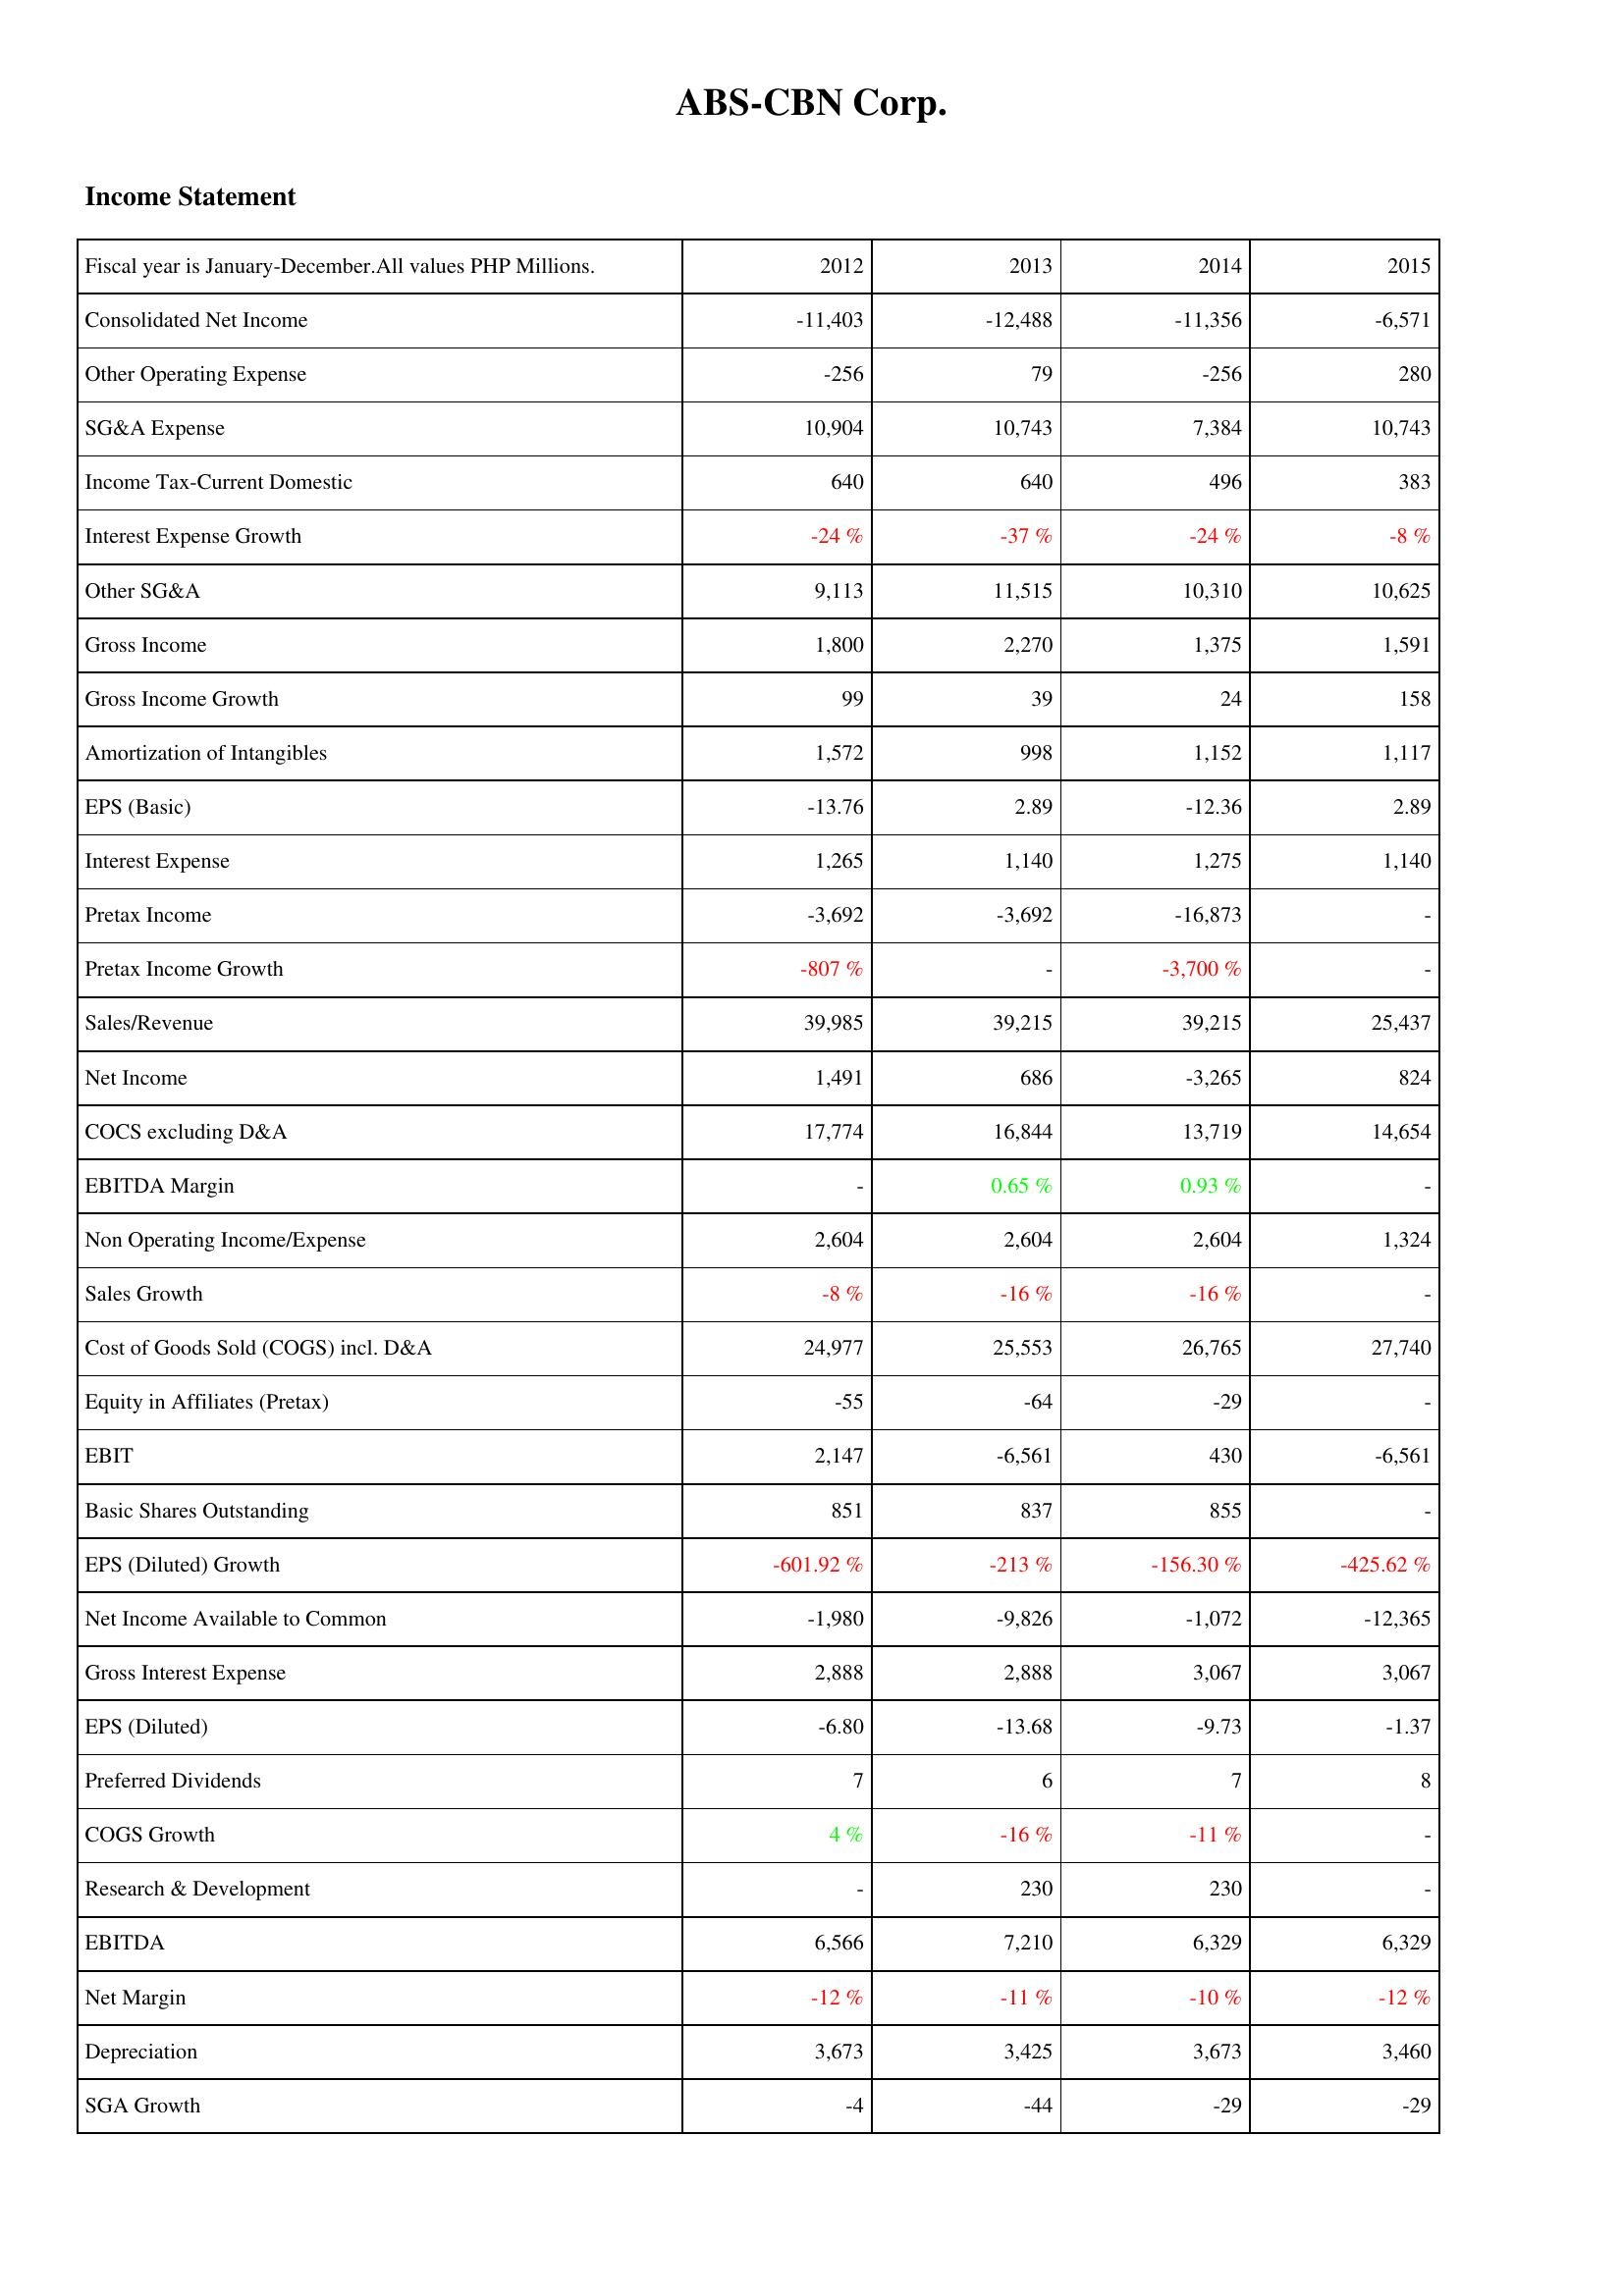
2012: Income Statement: Consolidated Net Income: -11,403
Other Operating Expense: -256
SG&A Expense: 10,904
Income Tax-Current Domestic: 640
Interest Expense Growth: -24 %
Other SG&A: 9,113
Gross Income: 1,800
Gross Income Growth: 99
Amortization of Intangibles: 1,572
EPS (Basic): -13.76
Interest Expense: 1,265
Pretax Income: -3,692
Pretax Income Growth: -807 %
Sales/Revenue: 39,985
Net Income: 1,491
COCS excluding D&A: 17,774
EBITDA Margin: -
Non Operating Income/Expense: 2,604
Sales Growth: -8 %
Cost of Goods Sold (COGS) incl. D&A: 24,977
Equity in Affiliates (Pretax): -55
EBIT: 2,147
Basic Shares Outstanding: 851
EPS (Diluted) Growth: -601.92 %
Net Income Available to Common: -1,980
Gross Interest Expense: 2,888
EPS (Diluted): -6.80
Preferred Dividends: 7
COGS Growth: 4 %
Research & Development: -
EBITDA: 6,566
Net Margin: -12 %
Depreciation: 3,673
SGA Growth: -4
2013: Income Statement: Consolidated Net Income: -12,488
Other Operating Expense: 79
SG&A Expense: 10,743
Income Tax-Current Domestic: 640
Interest Expense Growth: -37 %
Other SG&A: 11,515
Gross Income: 2,270
Gross Income Growth: 39
Amortization of Intangibles: 998
EPS (Basic): 2.89
Interest Expense: 1,140
Pretax Income: -3,692
Pretax Income Growth: -
Sales/Revenue: 39,215
Net Income: 686
COCS excluding D&A: 16,844
EBITDA Margin: 0.65 %
Non Operating Income/Expense: 2,604
Sales Growth: -16 %
Cost of Goods Sold (COGS) incl. D&A: 25,553
Equity in Affiliates (Pretax): -64
EBIT: -6,561
Basic Shares Outstanding: 837
EPS (Diluted) Growth: -213 %
Net Income Available to Common: -9,826
Gross Interest Expense: 2,888
EPS (Diluted): -13.68
Preferred Dividends: 6
COGS Growth: -16 %
Research & Development: 230
EBITDA: 7,210
Net Margin: -11 %
Depreciation: 3,425
SGA Growth: -44
2014: Income Statement: Consolidated Net Income: -11,356
Other Operating Expense: -256
SG&A Expense: 7,384
Income Tax-Current Domestic: 496
Interest Expense Growth: -24 %
Other SG&A: 10,310
Gross Income: 1,375
Gross Income Growth: 24
Amortization of Intangibles: 1,152
EPS (Basic): -12.36
Interest Expense: 1,275
Pretax Income: -16,873
Pretax Income Growth: -3,700 %
Sales/Revenue: 39,215
Net Income: -3,265
COCS excluding D&A: 13,719
EBITDA Margin: 0.93 %
Non Operating Income/Expense: 2,604
Sales Growth: -16 %
Cost of Goods Sold (COGS) incl. D&A: 26,765
Equity in Affiliates (Pretax): -29
EBIT: 430
Basic Shares Outstanding: 855
EPS (Diluted) Growth: -156.30 %
Net Income Available to Common: -1,072
Gross Interest Expense: 3,067
EPS (Diluted): -9.73
Preferred Dividends: 7
COGS Growth: -11 %
Research & Development: 230
EBITDA: 6,329
Net Margin: -10 %
Depreciation: 3,673
SGA Growth: -29
2015: Income Statement: Consolidated Net Income: -6,571
Other Operating Expense: 280
SG&A Expense: 10,743
Income Tax-Current Domestic: 383
Interest Expense Growth: -8 %
Other SG&A: 10,625
Gross Income: 1,591
Gross Income Growth: 158
Amortization of Intangibles: 1,117
EPS (Basic): 2.89
Interest Expense: 1,140
Pretax Income: -
Pretax Income Growth: -
Sales/Revenue: 25,437
Net Income: 824
COCS excluding D&A: 14,654
EBITDA Margin: -
Non Operating Income/Expense: 1,324
Sales Growth: -
Cost of Goods Sold (COGS) incl. D&A: 27,740
Equity in Affiliates (Pretax): -
EBIT: -6,561
Basic Shares Outstanding: -
EPS (Diluted) Growth: -425.62 %
Net Income Available to Common: -12,365
Gross Interest Expense: 3,067
EPS (Diluted): -1.37
Preferred Dividends: 8
COGS Growth: -
Research & Development: -
EBITDA: 6,329
Net Margin: -12 %
Depreciation: 3,460
SGA Growth: -29